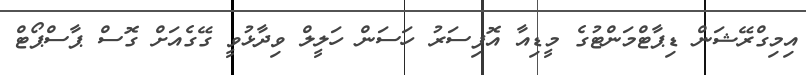
އިމިގްރޭޝަން ޑިޕާޓްމަންޓުގެ މީޑިއާ އޮފިސަރު ހަސަން ހަލީލް ވިދާޅުވީ ގޭގެއަށް ގޮސް ޕާސްޕޯޓް